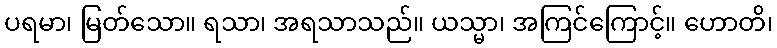
ပရမာ၊ မြတ်သော။ ရသာ၊ အရသာသည်။ ယသ္မာ၊ အကြင်ကြောင့်။ ဟောတိ၊